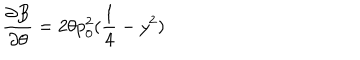
\frac { \partial B } { \partial \theta } = 2 \theta p _ { 0 } ^ { 2 } ( \frac { 1 } { 4 } - y ^ { 2 } )